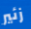
زئير